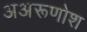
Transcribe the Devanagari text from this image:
अअरूणोश